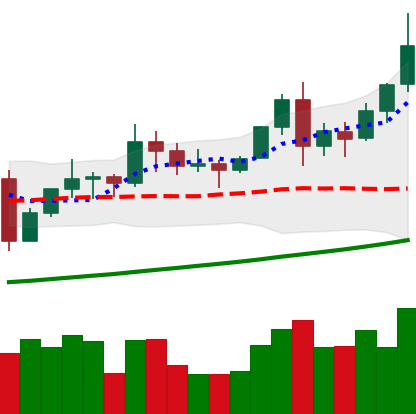
Ticker: TRX-USD
Chart end date: 2021-11-15
Forward return: -14.958%
Label: down_7plus